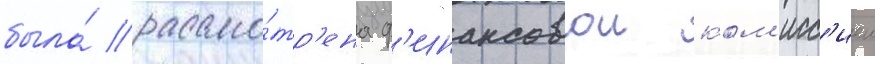
была́ рассмо́тр'ена ф'инансовои ком'исс'иеи